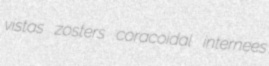
vistas zosters coracoidal internees